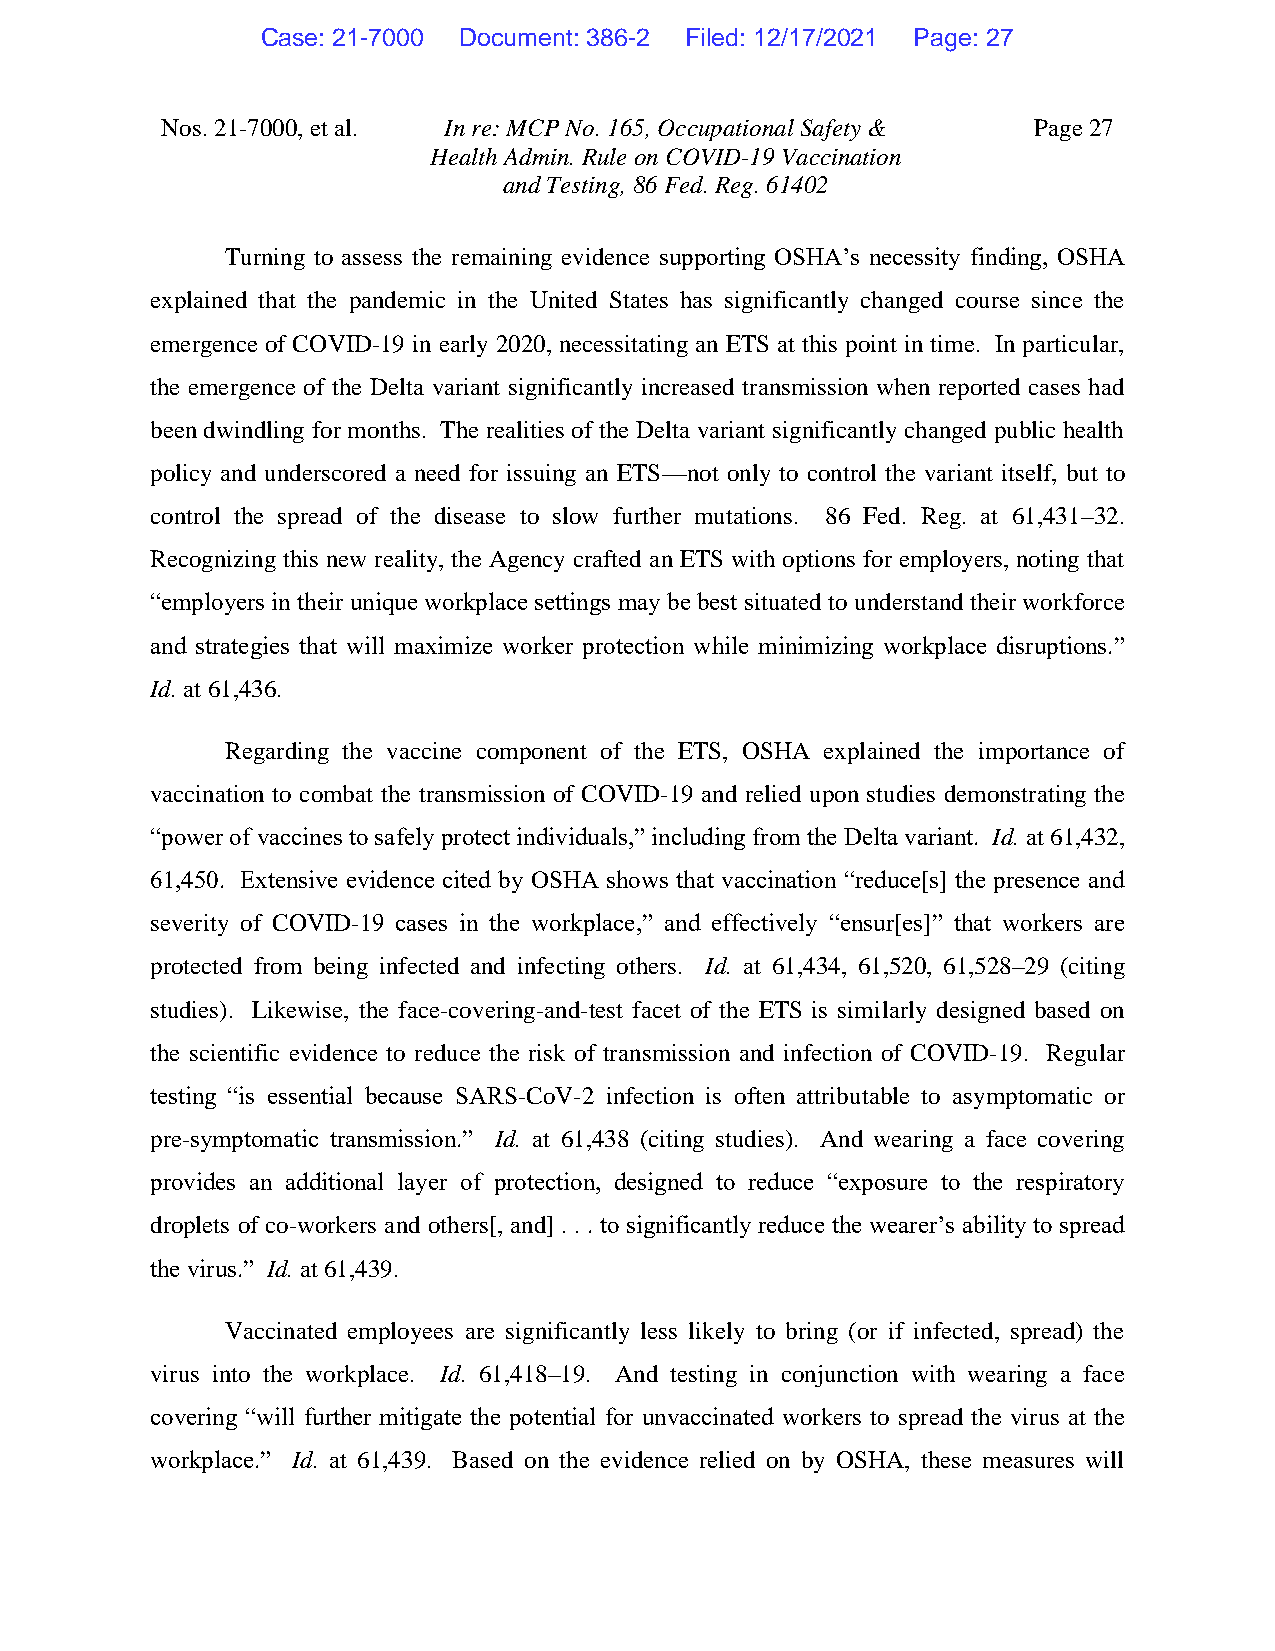
Case: 21-7000 Document: 386-2 Filed: 12/17/2021 Page: 27
 Nos. 21-7000, et al. In re: MCP No. 165, Occupational Safety & Page 27
 Health Admin. Rule on COVID-19 Vaccination
 and Testing, 86 Fed. Reg. 61402
 Turning to assess the remaining evidence supporting OSHA’s necessity finding, OSHA
 explained that the pandemic in the United States has significantly changed course since the
 emergence of COVID-19 in early 2020, necessitating an ETS at this point in time. In particular,
 the emergence of the Delta variant significantly increased transmission when reported cases had
 been dwindling for months. The realities of the Delta variant significantly changed public health
 policy and underscored a need for issuing an ETS—not only to control the variant itself, but to
 control the spread of the disease to slow further mutations. 86 Fed. Reg. at 61,431–32.
 Recognizing this new reality, the Agency crafted an ETS with options for employers, noting that
 “employers in their unique workplace settings may be best situated to understand their workforce
 and strategies that will maximize worker protection while minimizing workplace disruptions.”
 Id. at 61,436.
 Regarding the vaccine component of the ETS, OSHA explained the importance of
 vaccination to combat the transmission of COVID-19 and relied upon studies demonstrating the
 “power of vaccines to safely protect individuals,” including from the Delta variant. Id. at 61,432,
 61,450. Extensive evidence cited by OSHA shows that vaccination “reduce[s] the presence and
 severity of COVID-19 cases in the workplace,” and effectively “ensur[es]” that workers are
 protected from being infected and infecting others. Id. at 61,434, 61,520, 61,528–29 (citing
 studies). Likewise, the face-covering-and-test facet of the ETS is similarly designed based on
 the scientific evidence to reduce the risk of transmission and infection of COVID-19. Regular
 testing “is essential because SARS-CoV-2 infection is often attributable to asymptomatic or
 pre-symptomatic transmission.” Id. at 61,438 (citing studies). And wearing a face covering
 provides an additional layer of protection, designed to reduce “exposure to the respiratory
 droplets of co-workers and others[, and] . . . to significantly reduce the wearer’s ability to spread
 the virus.” Id. at 61,439.
 Vaccinated employees are significantly less likely to bring (or if infected, spread) the
 virus into the workplace. Id. 61,418–19. And testing in conjunction with wearing a face
 covering “will further mitigate the potential for unvaccinated workers to spread the virus at the
 workplace.” Id. at 61,439. Based on the evidence relied on by OSHA, these measures will